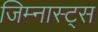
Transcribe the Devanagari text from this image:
जिम्नास्ट्स